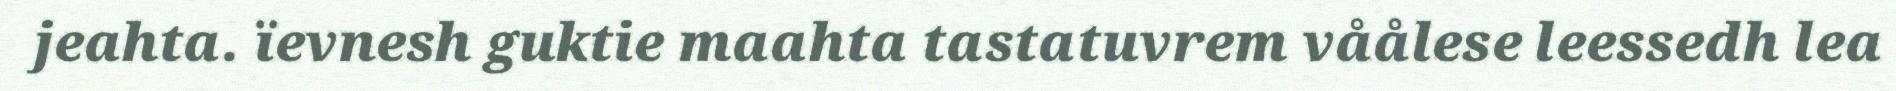
jeahta. ïevnesh guktie maahta tastatuvrem våålese leessedh lea